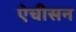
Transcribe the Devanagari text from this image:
ऐचीसन